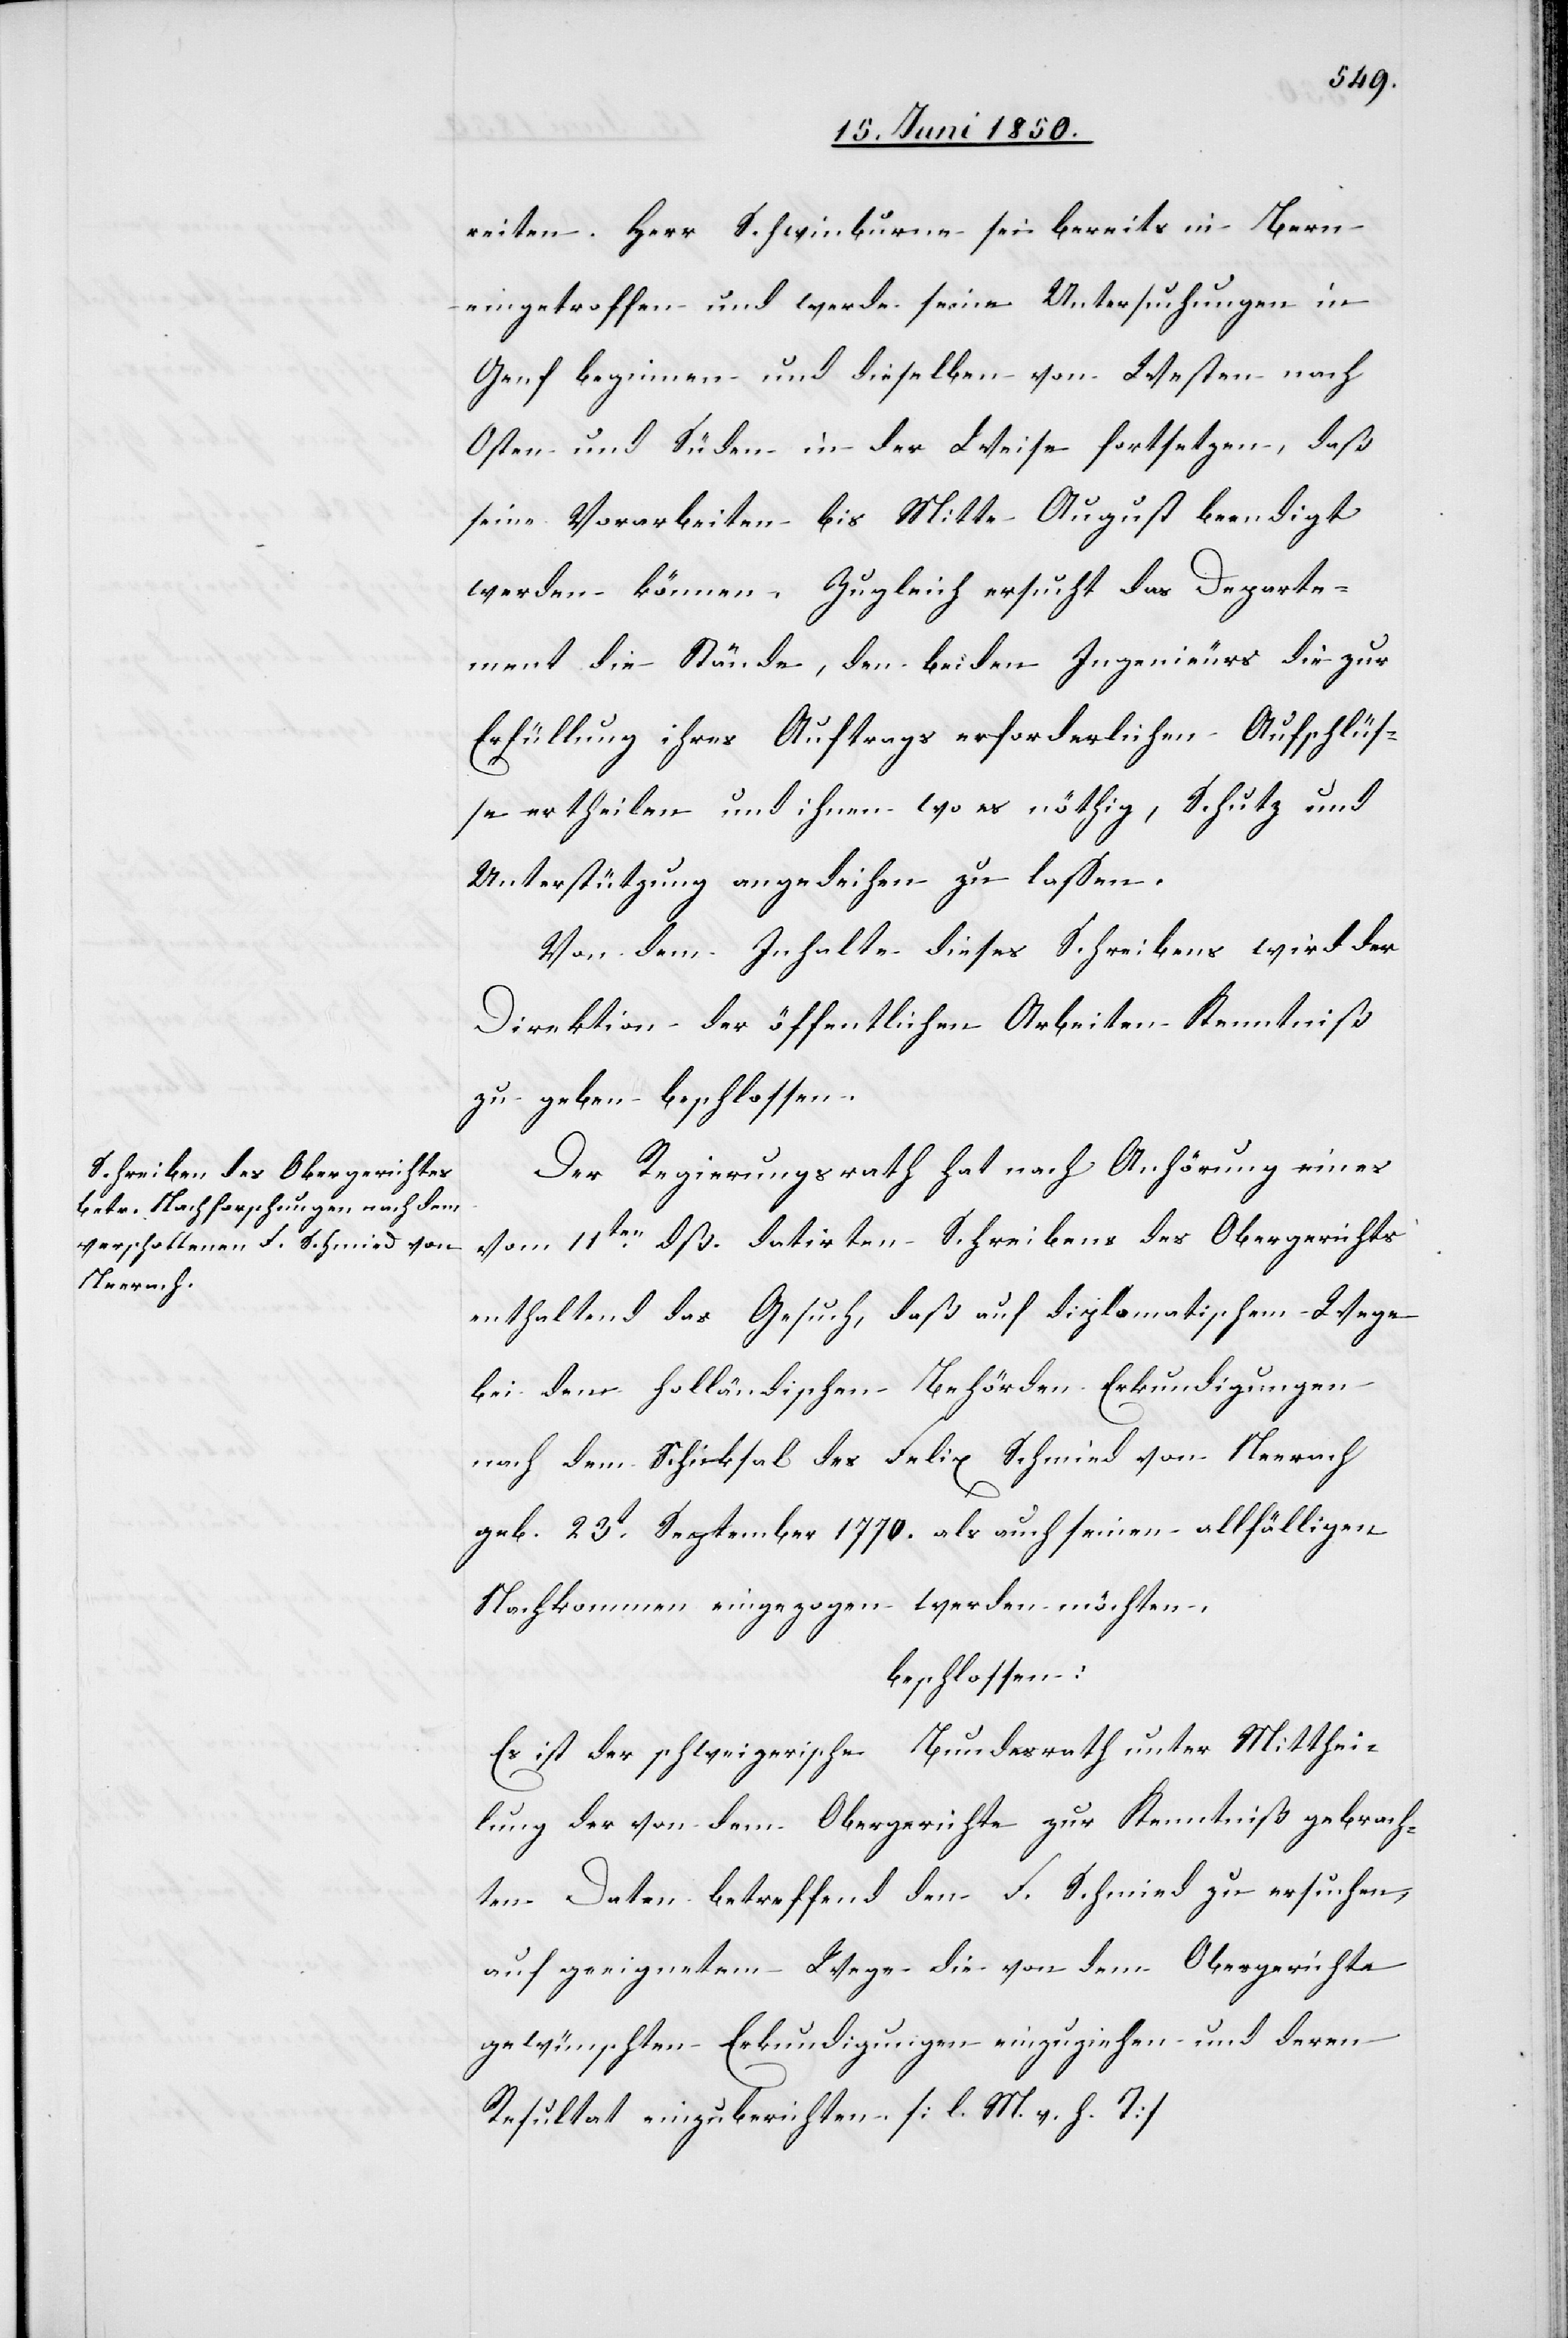
reiten. Herr Schwinburne [sic!] sei bereits in Bern
eingetroffen und werde seine Untersuchungen in
Genf beginnen und dieselben von Westen nach
Osten und Süden in der Weise fortsetzen, daß
seine Vorarbeiten bis Mitte August beendigt
werden können. Zugleich ersucht das Departe¬
ment die Stände, den beiden Ingenieurs die zur
Erfüllung ihres Auftrags erforderlichen Aufschlüs¬
se ertheilen und ihnen wo es nöthig, Schutz und
Unterstützung angedeihen zu lassen.
Von dem Inhalte dieses Schreibens wird der
Direktion der öffentlichen Arbeiten Kenntniß
zu geben beschlossen.
Der Regierungsrath hat nach Anhörung eines
vom 11ten dß. datirten Schreibens des Obergerichts
enthaltend das Gesuch, daß auf diplomatischem Wege
bei den holländischen Behörden Erkundigungen
nach dem Schicksal des Felix Schmied von Neerach
geb. 23t September 1770. als auch seinen allfälligen
Nachkommen eingezogen werden möchten.
beschlossen:
Es ist der schweizerische Bundesrath unter Mitthei¬
lung der on dem Obergerichte zur Kenntniß gebrach¬
ten Daten betreffend den F. Schmied zu ersuchen,
auf geeignetem Wege die von dem Obergerichte
gewünschten Erkundigungen einzuziehen und deren
Resultat einzuberichten. [l. M. v. h. T]